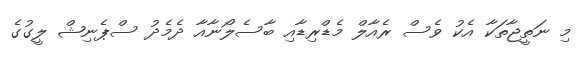
މި ނަތީޖާތަކާ އެކު ވެސް ރެއާލް މެޑްރިޑާއި ބާސެލޯނާއާ ދެމެދު ސްޕެނިޝް ލީގުގެ